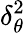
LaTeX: \delta_{\theta}^{2}